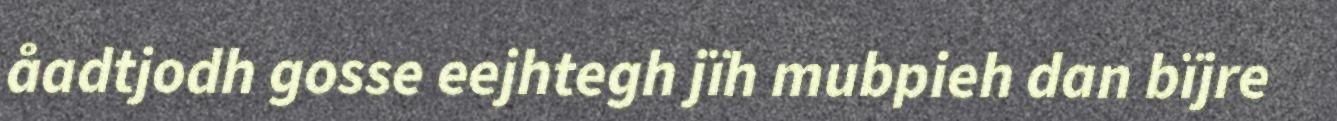
åadtjodh gosse eejhtegh jïh mubpieh dan bïjre